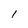
Character: 1